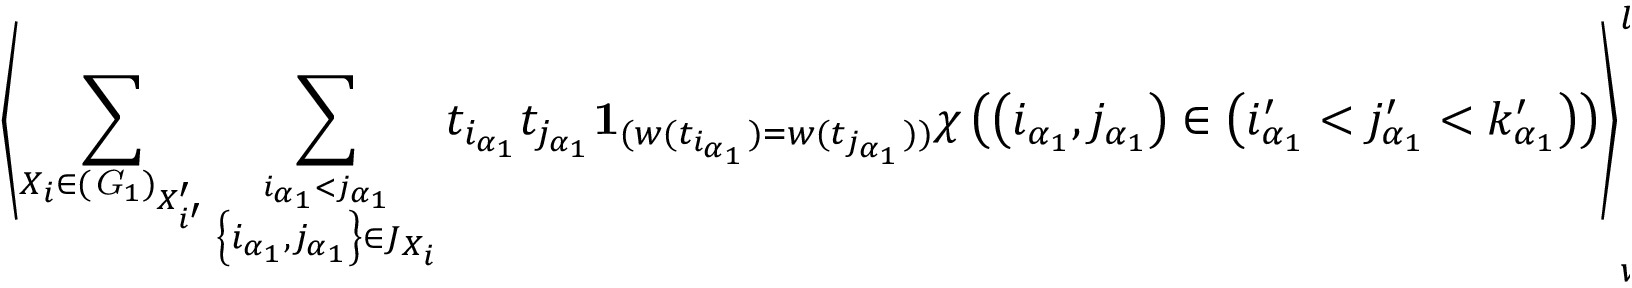
\left\langle \sum _ { X _ { i } \in ( { \it G } _ { 1 } ) _ { X _ { i ^ { \prime } } ^ { \prime } } } \sum _ { \stackrel { i _ { \alpha _ { 1 } } < j _ { \alpha _ { 1 } } } { \left\{ i _ { \alpha _ { 1 } } , j _ { \alpha _ { 1 } } \right\} \in J _ { X _ { i } } } } t _ { i _ { \alpha _ { 1 } } } t _ { j _ { \alpha _ { 1 } } } { \bf 1 } _ { ( w ( t _ { i _ { \alpha _ { 1 } } } ) = w ( t _ { j _ { \alpha _ { 1 } } } ) ) } \chi \left( \left( i _ { \alpha _ { 1 } } , j _ { \alpha _ { 1 } } \right) \in \left( i _ { \alpha _ { 1 } } ^ { \prime } < j _ { \alpha _ { 1 } } ^ { \prime } < k _ { \alpha _ { 1 } } ^ { \prime } \right) \right) \right\rangle _ { w ^ { \prime } } ^ { l . c . } = 0